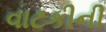
વાટકીની